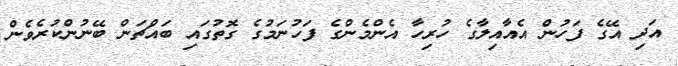
އަދި އޭގެ ފަހުން އެއާއިލާގެ ހުރިހާ އެންމެންގެ ފަހުނަމުގެ ގޮތުގައި ބައްޗަން ބޭނުންކުރެވެން